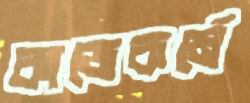
কাজেকর্মে